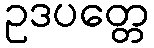
ဥဒပတ္တေ